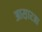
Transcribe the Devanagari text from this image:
आस़ारआ